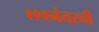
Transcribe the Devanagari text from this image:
९९९नंतरची